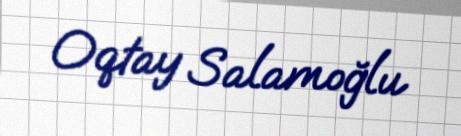
Oqtay Salamoğlu